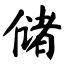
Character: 储